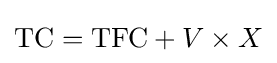
{\text{TC}}={\text{TFC}}+V\times X